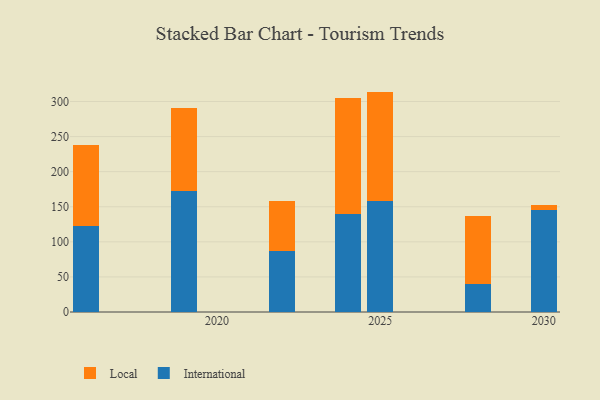
{"axis": {"x": "Year", "y": "Net Income (USD K)"}, "legend": ["International", "Local"], "data": [{"x": "2028", "y": 40.0, "type": "International"}, {"x": "2028", "y": 96.9, "type": "Local"}, {"x": "2030", "y": 144.8, "type": "International"}, {"x": "2030", "y": 7.1, "type": "Local"}, {"x": "2019", "y": 172.1, "type": "International"}, {"x": "2019", "y": 118.4, "type": "Local"}, {"x": "2022", "y": 87.2, "type": "International"}, {"x": "2022", "y": 71.2, "type": "Local"}, {"x": "2024", "y": 139.7, "type": "International"}, {"x": "2024", "y": 165.2, "type": "Local"}, {"x": "2016", "y": 122.9, "type": "International"}, {"x": "2016", "y": 114.5, "type": "Local"}, {"x": "2025", "y": 158.5, "type": "International"}, {"x": "2025", "y": 155.6, "type": "Local"}]}